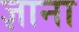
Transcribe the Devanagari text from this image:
ज्ञाना